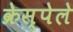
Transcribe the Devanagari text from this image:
क्रेस्पेले